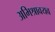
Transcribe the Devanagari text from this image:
अभिश्रावयव